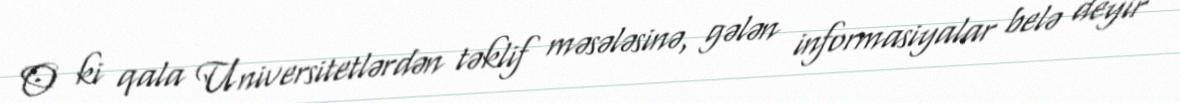
O ki qala Universitetlərdən təklif məsələsinə, gələn informasiyalar belə deyir